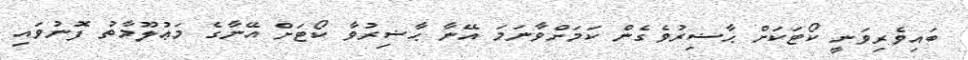
ބައިވެރިވަނީ ކޯޓަކަށް ޙާޟިރުވެގެން ކަމަށްވާނަމަ އޭނާ ޙާޟިރުވާ ކޯޓަށް އޭނާގެ މަޢުލޫމާތު ފޮނުވައި